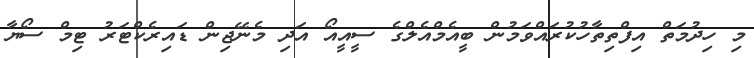
މި ހިދުމަތް އިފްތިތާހުކުރައްވަމުން ބީއެމްއެލްގެ ސީއީއޯ އަދި މެނޭޖިން ޑައިރެކްޓަރު ޓިމް ސޯޔާ